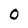
Character: O